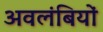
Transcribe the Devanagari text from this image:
अवलंबियों